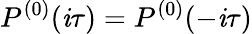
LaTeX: P^{(0)}(\mathit{i}\tau)=P^{(0)}(-\mathit{i}\tau)